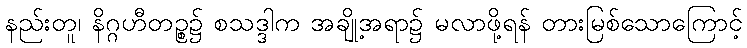
နည်းတူ၊ နိဂ္ဂဟီတဉ္စ၌ စသဒ္ဒါက အချို့အရာ၌ မလာဖို့ရန် တားမြစ်သောကြောင့်